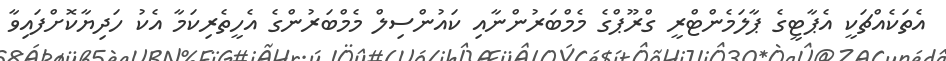
އެތަކެއްޗަކީ އެޕާޓީގެ ޕާލަމެންޓްރީ ގްރޫޕްގެ މެމްބަރުންނާއި ކައުންސިލް މެމްބަރުންގެ އެހީތެރިކަމާ އެކު ހަދިޔާކޮށްފައިވާ